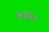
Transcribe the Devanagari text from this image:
केलिन